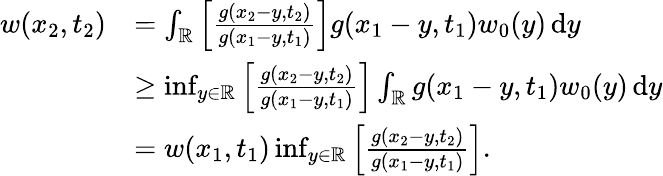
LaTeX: \begin{array}{rl}{w(x_{2},t_{2})}&{=\int_{\mathbb R}\left[\frac{g(x_{2}-y,t_{2})}{g(x_{1}-y,t_{1})}\right]g(x_{1}-y,t_{1})w_{0}(y){\, \mathrm{d}}y}\\ &{\geq\operatorname*{inf}_{y\in{\mathbb R}}\left[\frac{g(x_{2}-y,t_{2})}{g(x_{1}-y,t_{1})}\right]\int_{\mathbb R}g(x_{1}-y,t_{1})w_{0}(y){\, \mathrm{d}}y}\\ &{=w(x_{1},t_{1})\operatorname*{inf}_{y\in{\mathbb R}}\left[\frac{g(x_{2}-y,t_{2})}{g(x_{1}-y,t_{1})}\right].}\end{array}